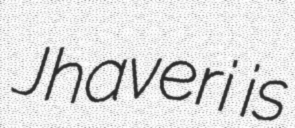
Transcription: Jhaveri is